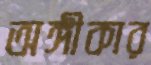
অঙ্গীকার